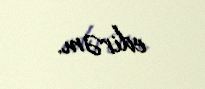
edirəm.